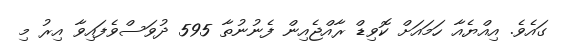
ގައެވެ. އިއްޔެއާ ހަމައަށް ކޮވިޑް ރާއްޖެއިން ފެނުނުތާ 595 ދުވަސްވެފައިވާ އިރު މި